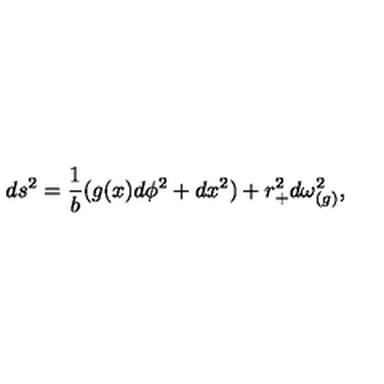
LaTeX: d s ^ { 2 } = { \frac { 1 } { b } } ( g ( x ) d \phi ^ { 2 } + d x ^ { 2 } ) + r _ { + } ^ { 2 } d \omega _ { ( g ) } ^ { 2 } ,